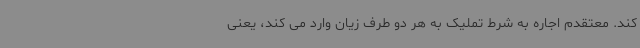
کند. معتقدم اجاره به شرط تملیک به هر دو طرف زیان وارد می کند، یعنی